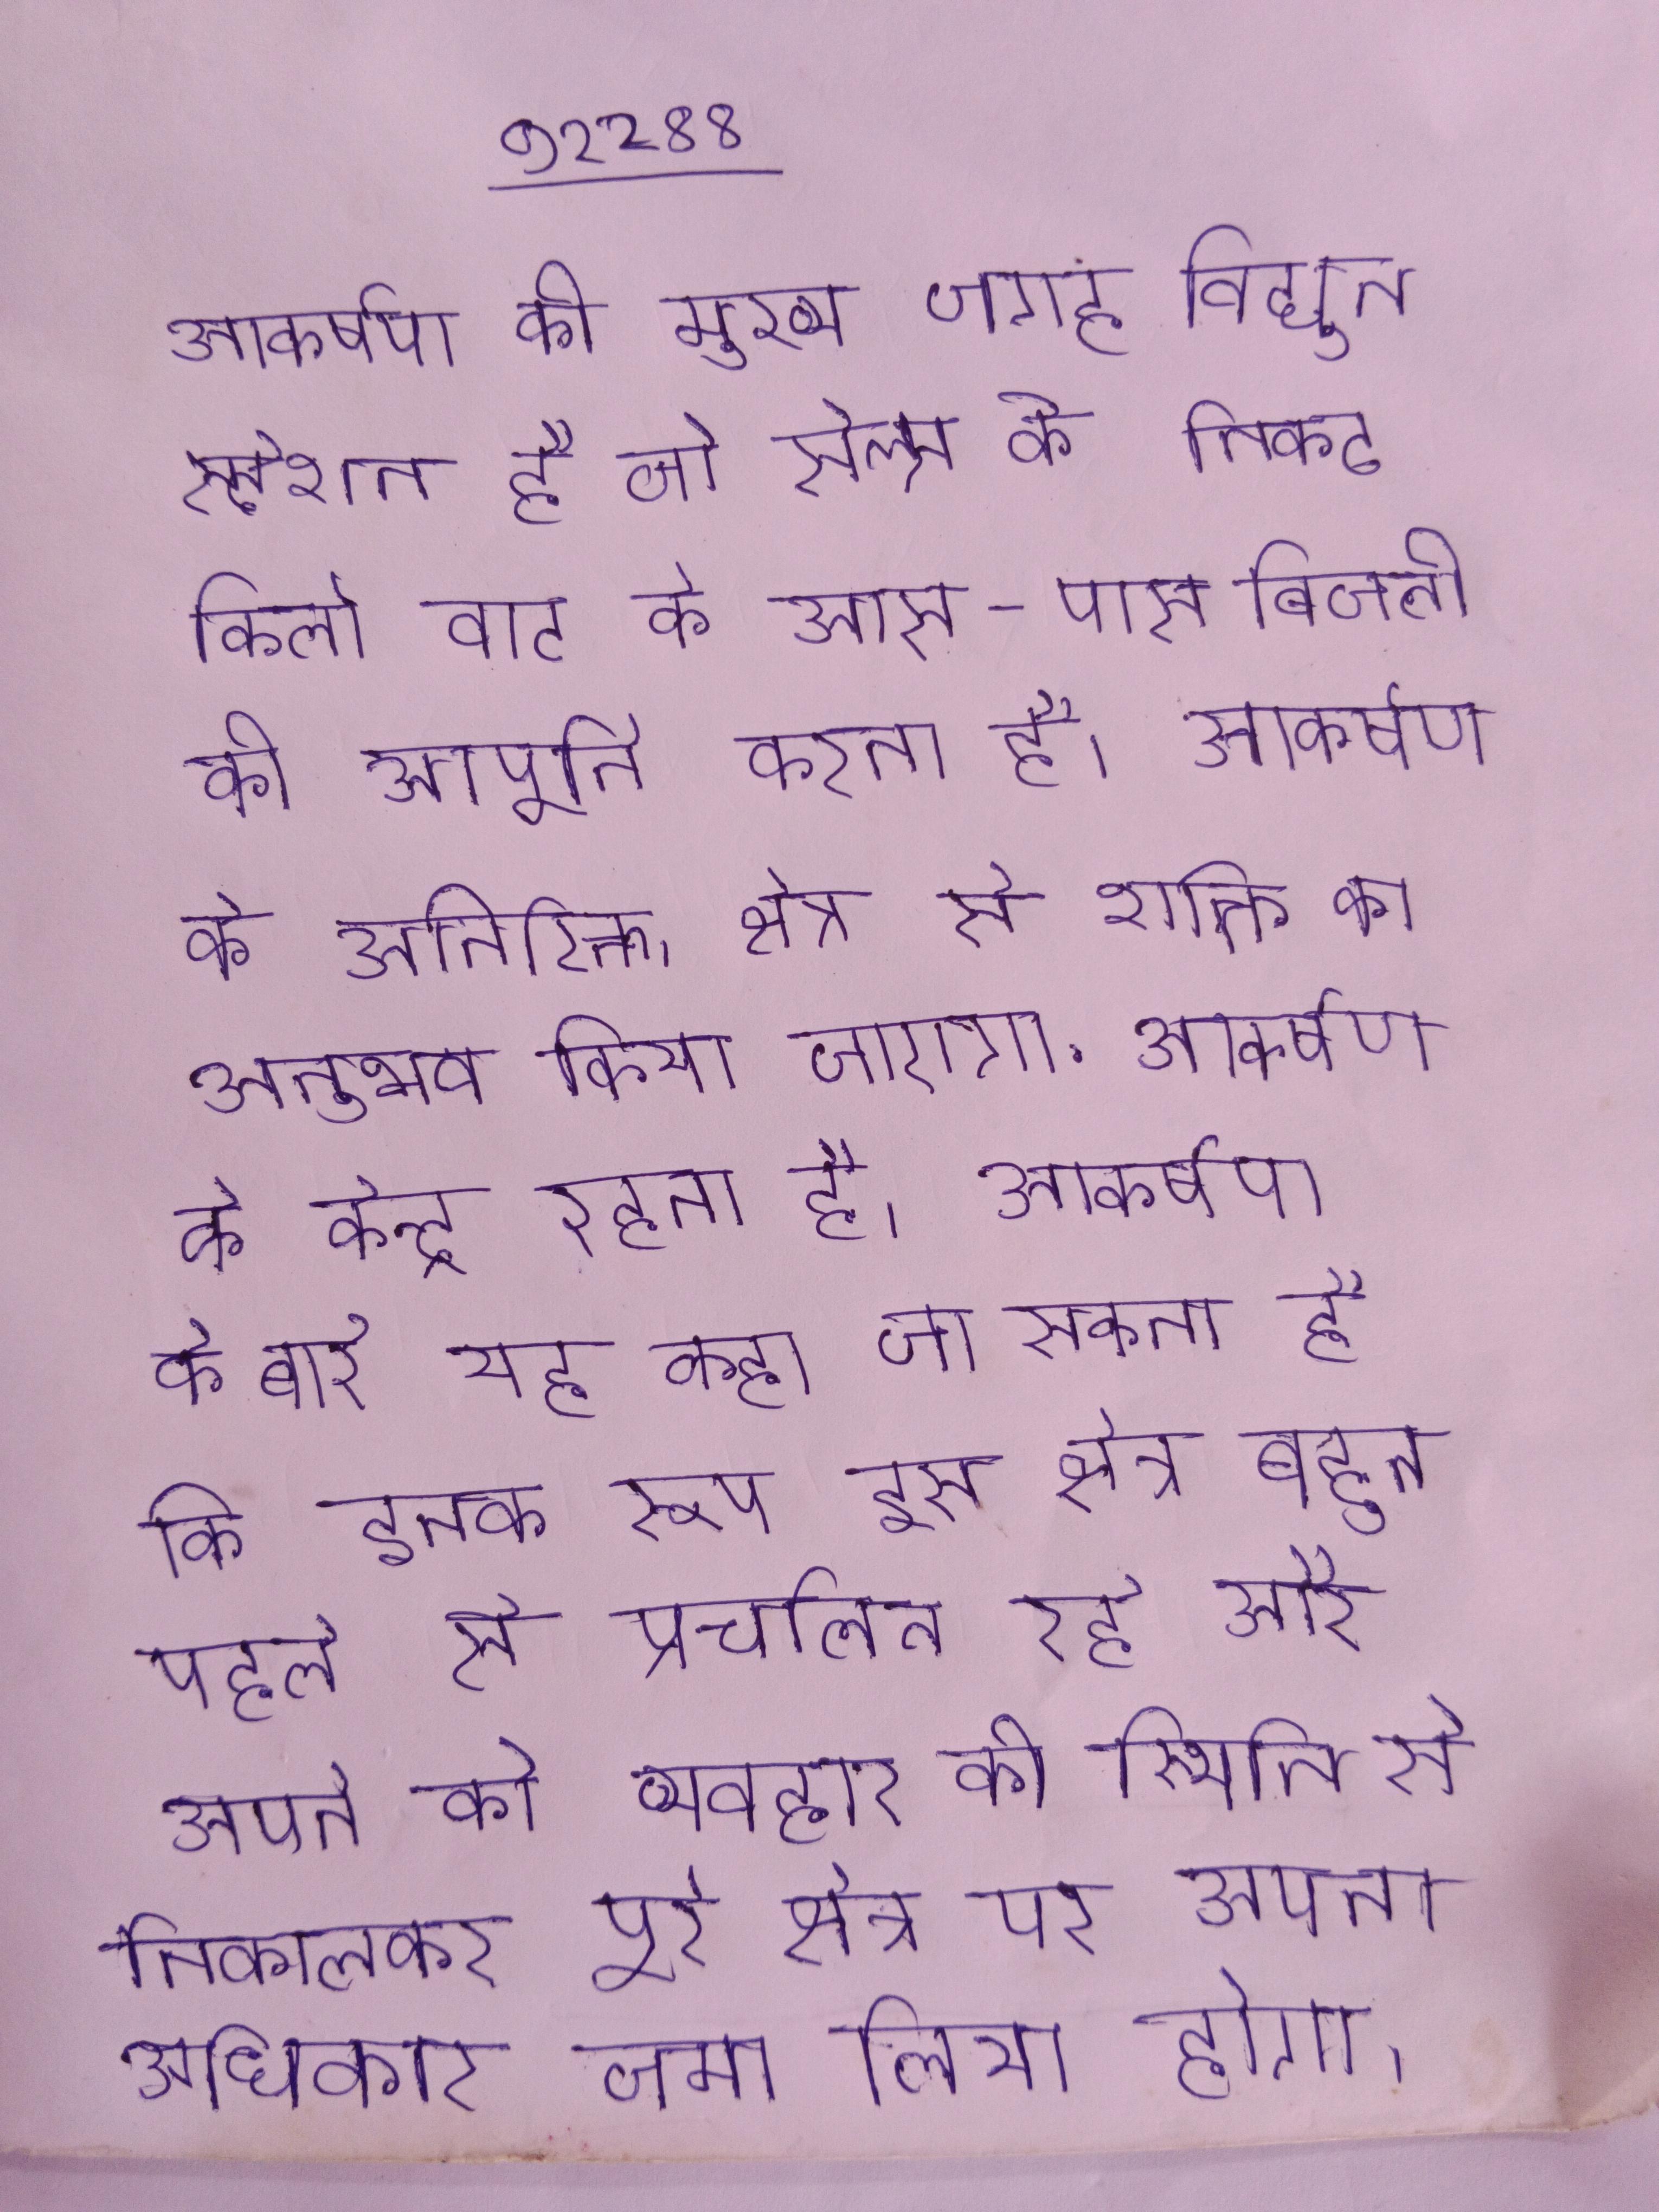
आकर्षण की मुख्य जगह विद्युत स्टेशन है जो सेल्स के निकट किलो वाट के आस-पास बिजली की आपूर्ति करता है । आकर्षण के अतिरिक्त, क्षेत्र से शक्ति का अनुभव किया जाएगा . आकर्षण के केन्द्र रहता है । आकर्षण के बारे यह कहा जा सकता है कि इनके रूप इस क्षेत्र बहुत पहले से प्रचलित रहे और अपने को व्यवहार की स्थिति से निकालकर पूरे क्षेत्र पर अपना अधिकार जमा लिया होगा ।